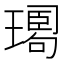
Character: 𤩉